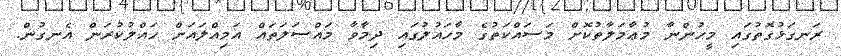
ރަނގަޅުގޮތުގައި މީހުންނާ މުޢާމަލާތުކޮށް މަސައްކަތުގެ މާހައުލުގައި ދިމާވާ މައްސަލަތައް އަމިއްލައަށް ހައްލުކުރަން އެނގުން.